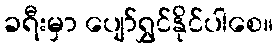
ခရီးမှာ ပျော်ရွှင်နိုင်ပါစေ။